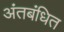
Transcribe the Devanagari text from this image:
अंतबंधित